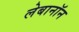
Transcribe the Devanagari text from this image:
लेबानॉन